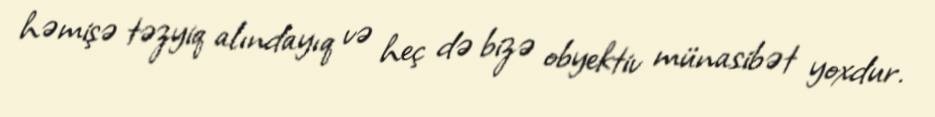
həmişə təzyiq alındayıq və heç də bizə obyektiv münasibət yoxdur.